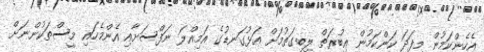
އެހެންކަމުން މިފަދަ ކަންކަމުން ޢިބުރަތް ލިބިގަތުމަށް އަޅުގަނޑުގެ އަމިއްލަ ނަފްސަށާއި އެންމެހައި މީސްތަކުންނަށް